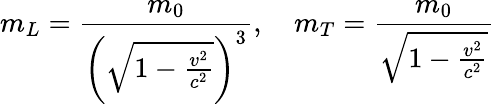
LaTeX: m_{L}={\frac{m_{0}}{\left({\sqrt{1-{\frac{v^{2}}{c^{2}}}}}\right)^{3}}},\quad m_{T}={\frac{m_{0}}{\sqrt{1-{\frac{v^{2}}{c^{2}}}}}}